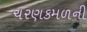
ચરણકમળની